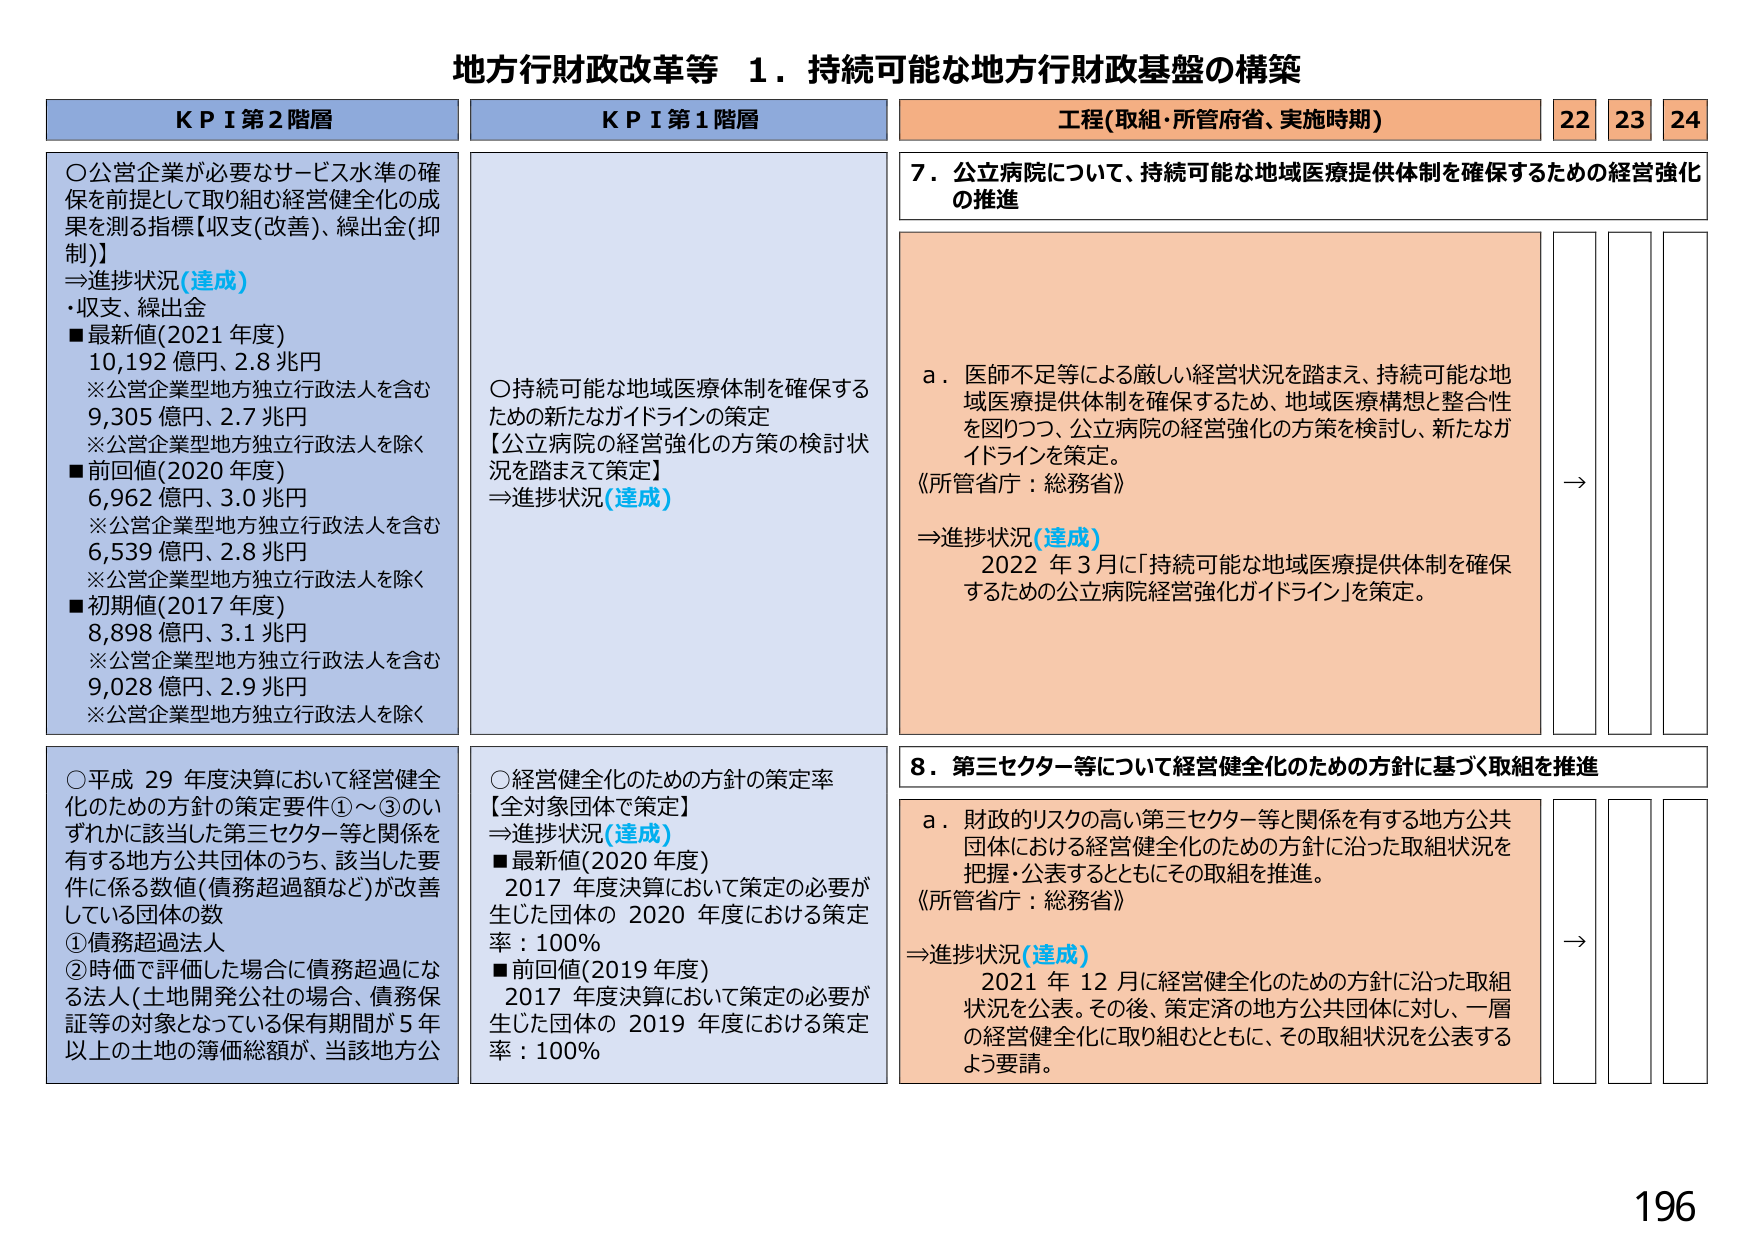
地方行財政改革等 １．持続可能な地方行財政基盤の構築

KPI 第2階層
○公営企業が必要なサービス水準の確保を前提として取り組む経営健全化の成果を測る指標【収支(改善)、繰出金(抑制)】
⇒進捗状況(達成)
・収支、繰出金
■最新値(2021年度)
10,192億円、2.8兆円
※公営企業型地方独立行政法人を含む
9,305億円、2.7兆円
※公営企業型地方独立行政法人を除く
■前回値(2020年度)
6,962億円、3.0兆円
※公営企業型地方独立行政法人を含む
6,539億円、2.8兆円
※公営企業型地方独立行政法人を除く
■初期値(2017年度)
8,898億円、3.1兆円
※公営企業型地方独立行政法人を含む
9,028億円、2.9兆円
※公営企業型地方独立行政法人を除く

○平成29年度決算において経営健全化のための方針の策定要件①～③のいずれかに該当した第三セクター等と関係を有する地方公共団体のうち、該当した要件に係る数値(債務超過額など)が改善している団体の数
①債務超過法人
②時価で評価した場合に債務超過になる法人(土地開発公社の場合、債務保証等の対象となっている保有期間が5年以上の土地の簿価総額が、当該地方公

KPI 第1階層
○持続可能な地域医療体制を確保するための新たなガイドラインの策定
【公立病院の経営強化の方策の検討状況を踏まえて策定】
⇒進捗状況(達成)

○経営健全化のための方針の策定率
【全対象団体で策定】
⇒進捗状況(達成)
■最新値(2020年度)
2017年度決算において策定の必要が生じた団体の2020年度における策定率：100%
■前回値(2019年度)
2017年度決算において策定の必要が生じた団体の2019年度における策定率：100%

工程(取組・所管府省、実施時期) 22 23 24
7．公立病院について、持続可能な地域医療提供体制を確保するための経営強化の推進
a．医師不足等による厳しい経営状況を踏まえ、持続可能な地域医療提供体制を確保するため、地域医療構想と整合性を図りつつ、公立病院の経営強化の方策を検討し、新たなガイドラインを策定。
《所管省庁：総務省》
⇒進捗状況(達成)
2022年3月に「持続可能な地域医療提供体制を確保するための公立病院経営強化ガイドライン」を策定。

8．第三セクター等について経営健全化のための方針に基づく取組を推進
a．財政的リスクの高い第三セクター等と関係を有する地方公共団体における経営健全化のための方針に沿った取組状況を把握・公表するとともにその取組を推進。
《所管省庁：総務省》
⇒進捗状況(達成)
2021年12月に経営健全化のための方針に沿った取組状況を公表。その後、策定済の地方公共団体に対し、一層の経営健全化に取り組むとともに、その取組状況を公表するよう要請。

196